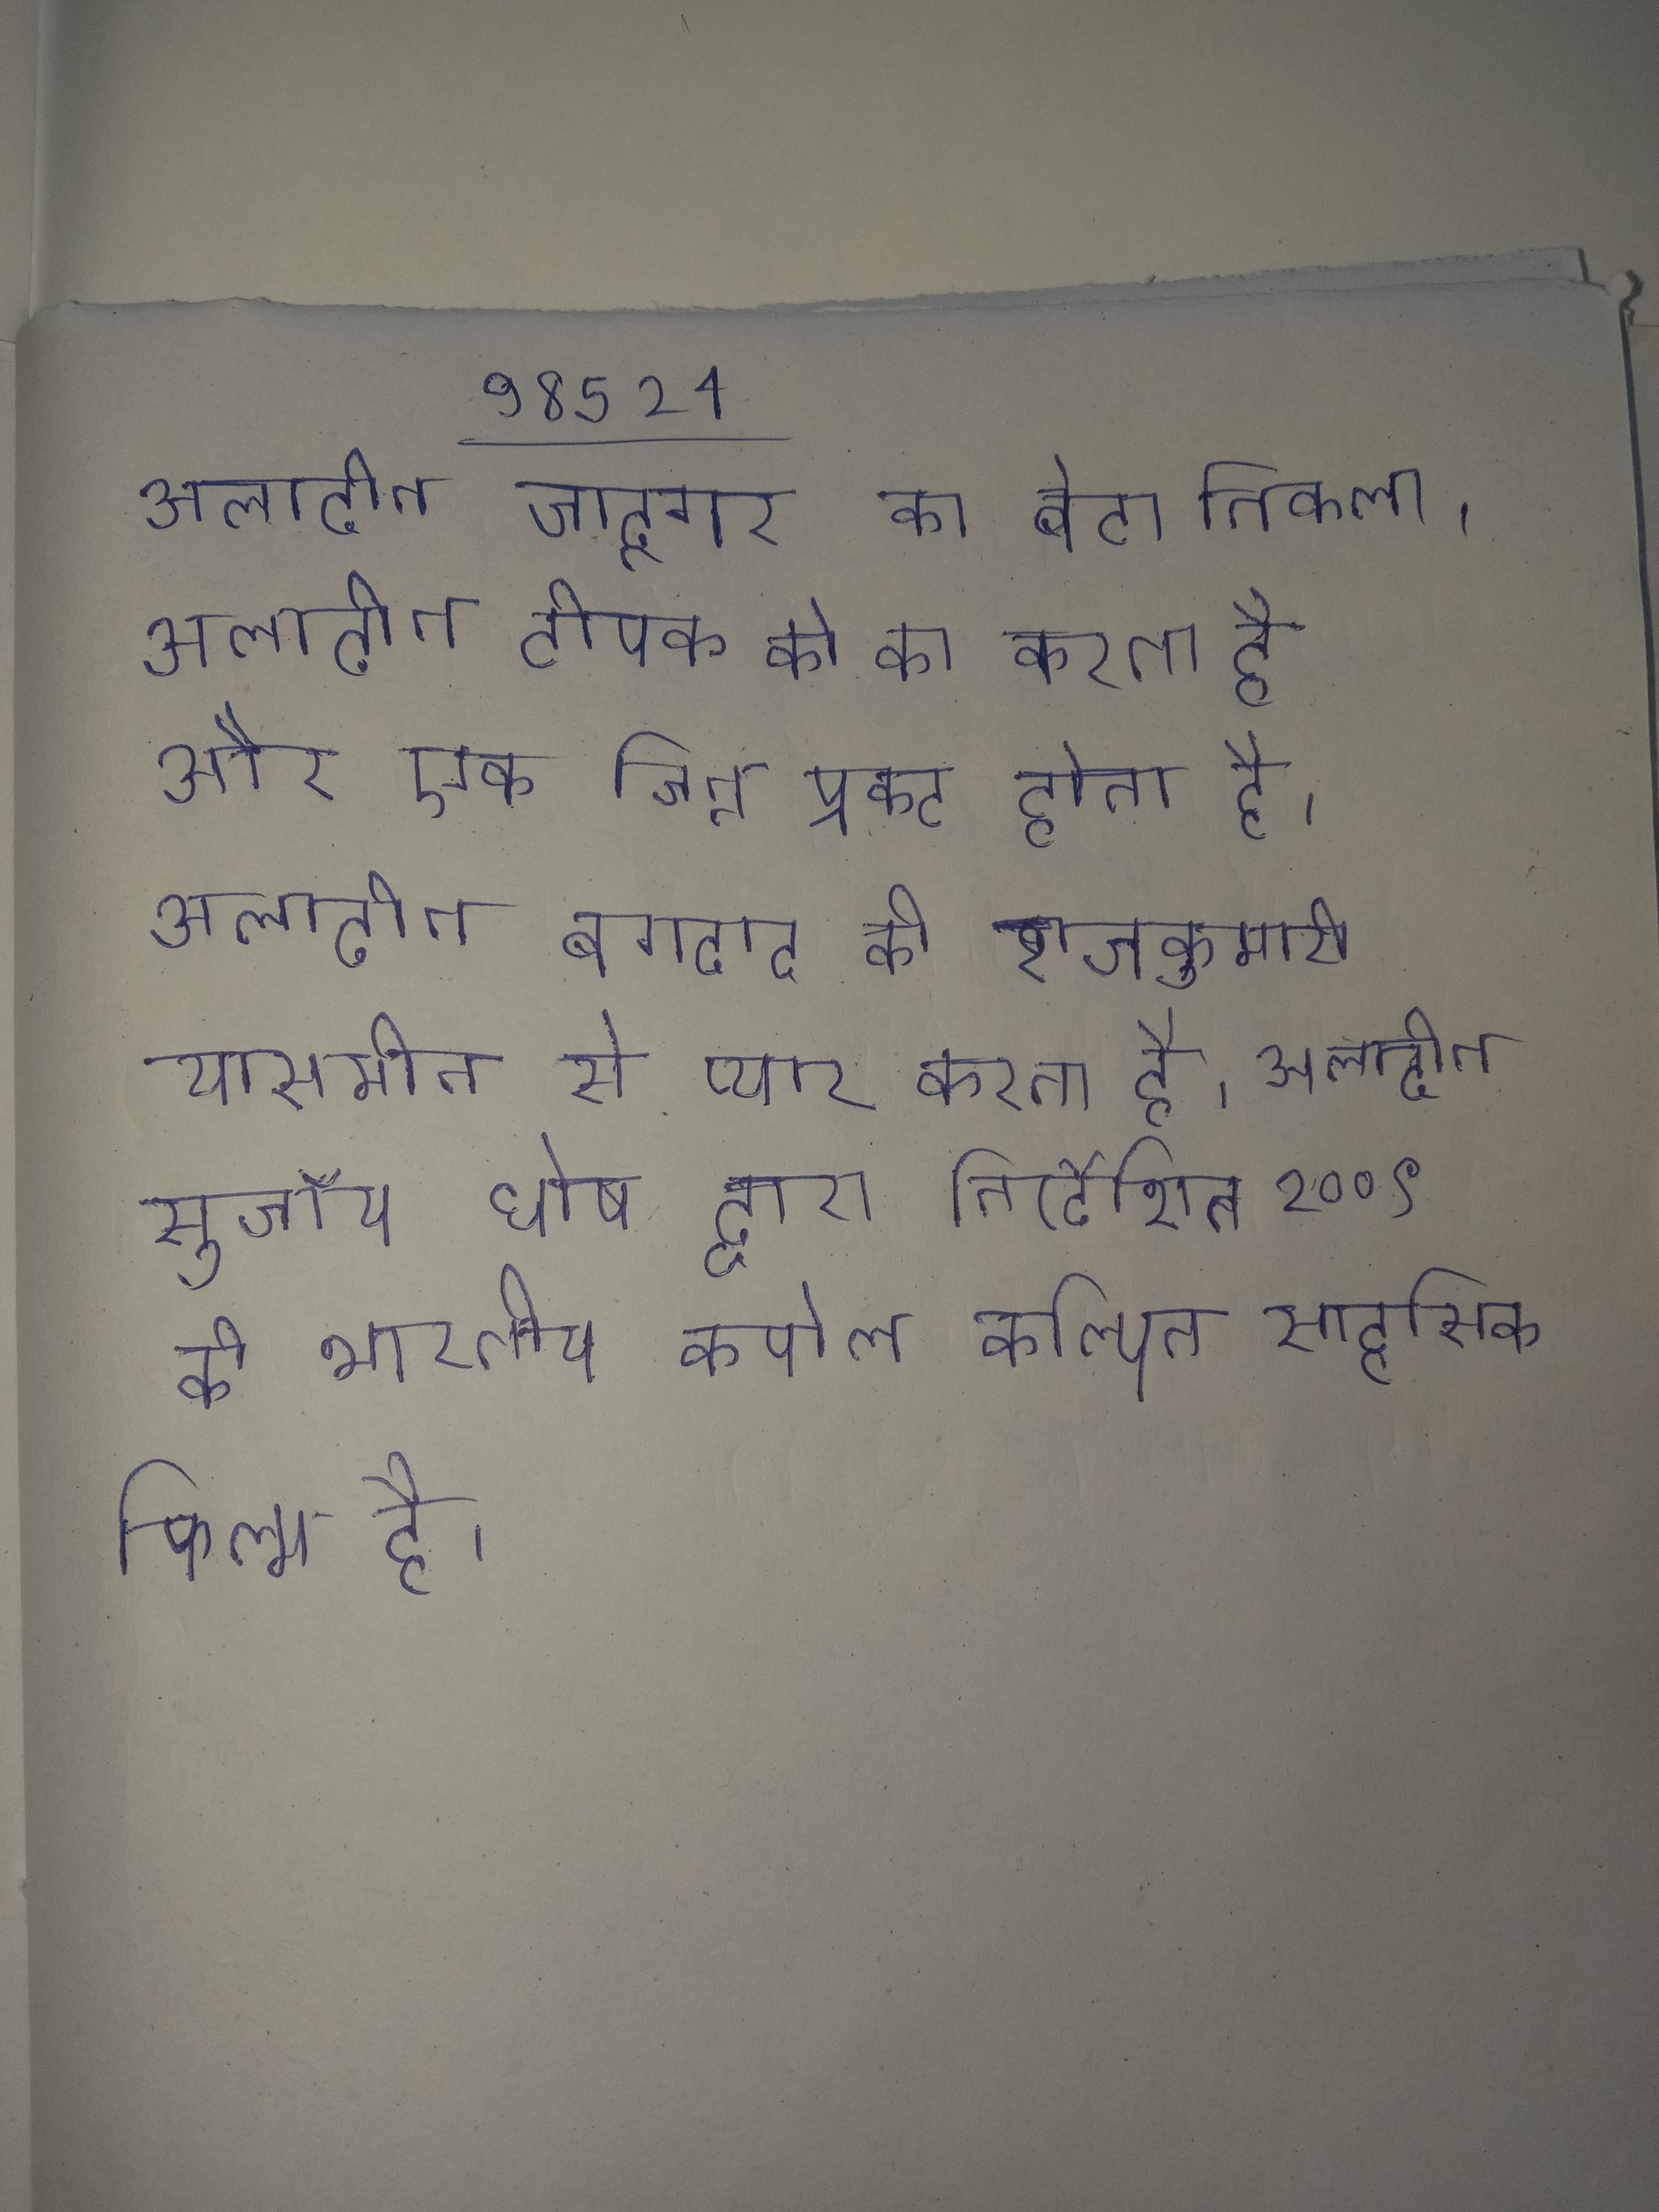
अलादीन जादूगर का बेटा निकला । अलादीन दीपक को का करता है और एक जिन्न प्रकट होता है । अलादीन बगदाद की राजकुमारी यासमीन से प्यार करता है । अलादीन सुजॉय घोष द्वारा निर्देशित २००९ की भारतीय कपोल कल्पित साहसिक फिल्म है ।